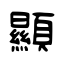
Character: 顯